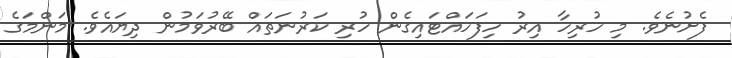
ފެށުނެވެ. މި ހުރިހާ އިރު ހިފަހައްޓައިގެން ހުރި ކަރުނަތައް ބޭރުވަމުން ދިޔައެވެ. މަންމަގެ